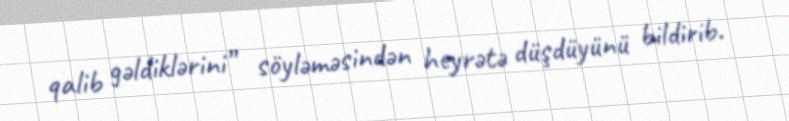
qalib gəldiklərini” söyləməsindən heyrətə düşdüyünü bildirib.